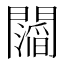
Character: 𮤥